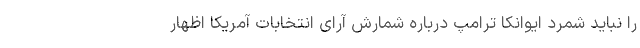
را نباید شمرد ایوانکا ترامپ درباره شمارش آرای انتخابات آمریکا اظهار